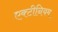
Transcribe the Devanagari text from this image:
एक्टीनियम